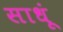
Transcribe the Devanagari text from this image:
साधूं